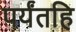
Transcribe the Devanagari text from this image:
पर्यंतहि